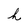
Character: h